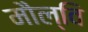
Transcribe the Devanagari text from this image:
मौल्वि